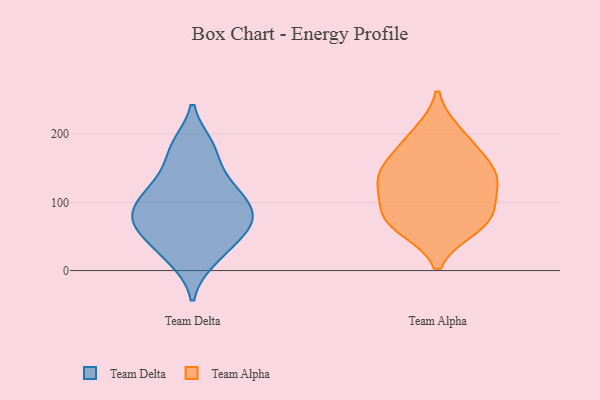
{"axis": {"x": "Demand Index", "y": "Value"}, "legend": ["Team Alpha", "Team Delta"], "data": [{"x": "", "y": 79, "type": "Team Delta"}, {"x": "", "y": 92, "type": "Team Delta"}, {"x": "", "y": 16, "type": "Team Delta"}, {"x": "", "y": 126, "type": "Team Delta"}, {"x": "", "y": 88, "type": "Team Delta"}, {"x": "", "y": 126, "type": "Team Delta"}, {"x": "", "y": 182, "type": "Team Delta"}, {"x": "", "y": 79, "type": "Team Delta"}, {"x": "", "y": 112, "type": "Team Delta"}, {"x": "", "y": 16, "type": "Team Delta"}, {"x": "", "y": 131, "type": "Team Delta"}, {"x": "", "y": 90, "type": "Team Delta"}, {"x": "", "y": 68, "type": "Team Delta"}, {"x": "", "y": 175, "type": "Team Delta"}, {"x": "", "y": 43, "type": "Team Delta"}, {"x": "", "y": 183, "type": "Team Delta"}, {"x": "", "y": 52, "type": "Team Delta"}, {"x": "", "y": 71, "type": "Team Delta"}, {"x": "", "y": 46, "type": "Team Delta"}, {"x": "", "y": 129, "type": "Team Alpha"}, {"x": "", "y": 65, "type": "Team Alpha"}, {"x": "", "y": 134, "type": "Team Alpha"}, {"x": "", "y": 69, "type": "Team Alpha"}, {"x": "", "y": 147, "type": "Team Alpha"}, {"x": "", "y": 84, "type": "Team Alpha"}, {"x": "", "y": 84, "type": "Team Alpha"}, {"x": "", "y": 139, "type": "Team Alpha"}, {"x": "", "y": 182, "type": "Team Alpha"}, {"x": "", "y": 200, "type": "Team Alpha"}]}